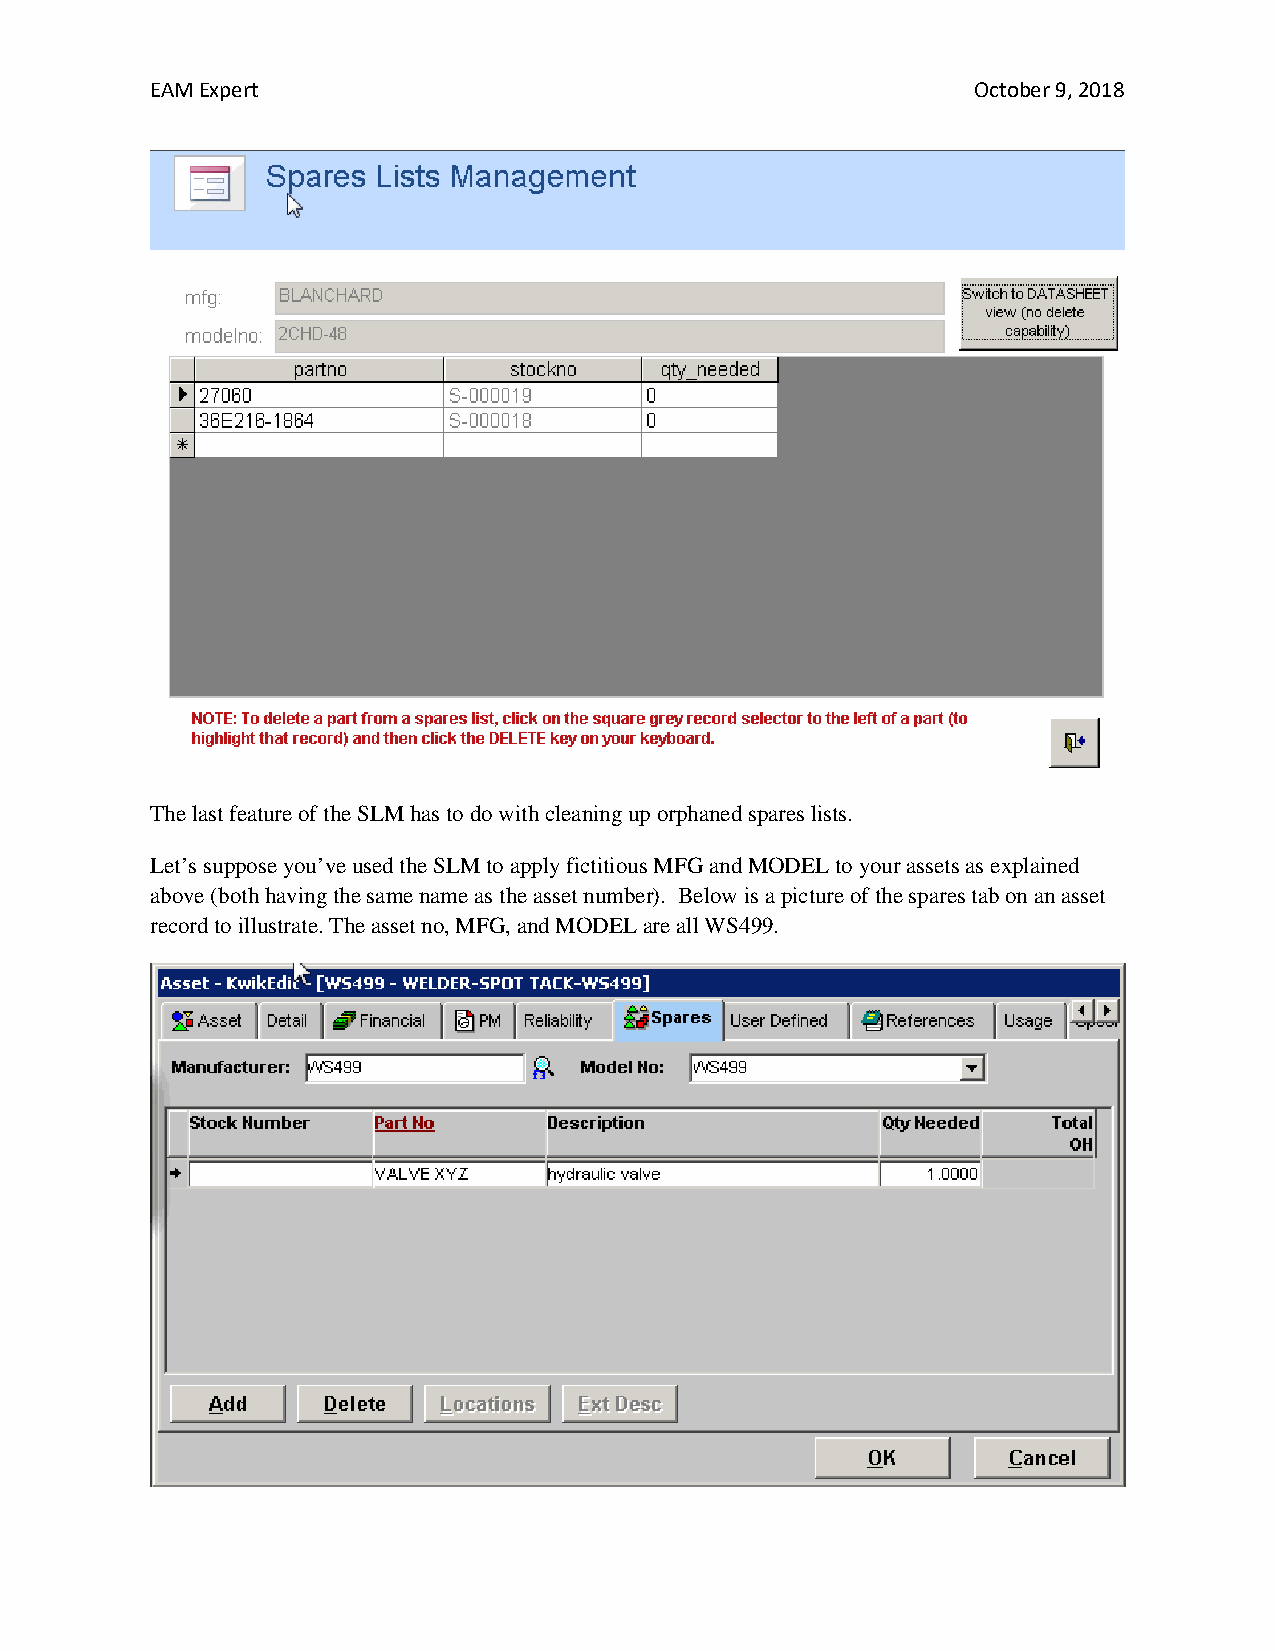
EAM Expert                                             October 9, 2018
 The last feature of the SLM has to do with cleaning up orphaned spares lists.
 Let’s suppose you’ve used the SLM to apply fictitious MFG and MODEL to your assets as explained
 above (both having the same name as the asset number). Below is a picture of the spares tab on an asset
 record to illustrate. The asset no, MFG, and MODEL are all WS499.